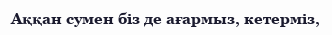
Аққан сумен біз де ағармыз, кетерміз,